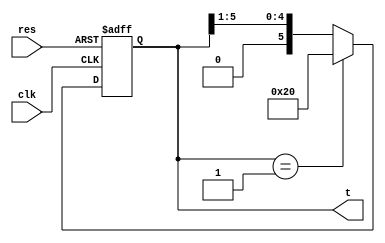
//6-bit sap1-ring-counter

module ring_counter (t, clk, res);
    input clk, res;
    output reg [5:0] t = 6'b100000;

    always @(negedge clk or posedge res)
    begin
        if(res == 1)
            t = 6'b100000;
        else if(clk == 0) // Essentially shift right ONLY when it is a falling edge
        begin
            if(t == 6'b000001)
                t = 6'b100000;
            else
                t = t >> 1;
        end
    end
endmodule